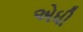
એધી